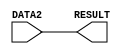
`timescale  1ns/100ps
// Lab05 - FORWARD module


// implement FORWARD function using behavioural modeling
module FORWARD_FUNC(DATA2,RESULT);

	input [7:0] DATA2; // declare 8 bit input port
	output  [7:0] RESULT; // 8 bit output port decleration

	
	assign #1  RESULT=  DATA2;  // mov the value of DATA2 to the output port after 1s time delay
	

endmodule //end of the module